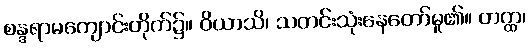
စန္ဒရာမကျောင်းတိုက်၌။ ဝိယာသိ၊ သတင်းသုံးနေတော်မူ၏။ တတ္ထ၊